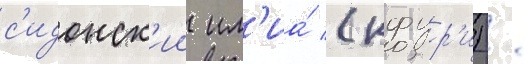
с'идонск'ии ил'иа́ (кфур'и) /